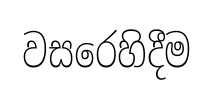
වසරෙහිදීම